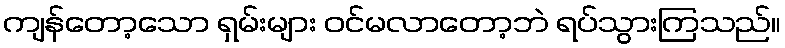
ကျန်တော့သော ရှမ်းများ ဝင်မလာတော့ဘဲ ရပ်သွားကြသည်။